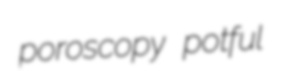
poroscopy potful